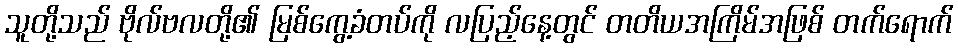
သူတို့သည် ဗိုလ်ဗလတို့၏ မြစ်ကွေ့ခံတပ်ကို လပြည့်နေ့တွင် တတိယအကြိမ်အဖြစ် တက်ရောက်